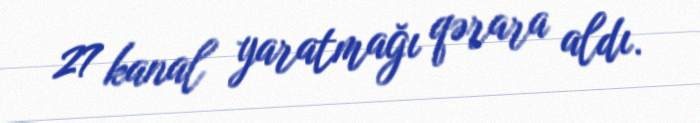
27 kanal yaratmağı qərara aldı.